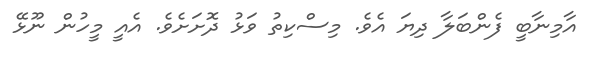
އާމިނާބީ ފެންބަލާ ދިޔަ އެވެ. މިސްކިތު ވަޅު ދޮށަށެވެ. އެއީ މީހުން ނޫޅޭ